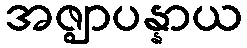
အဇ္ဈာပန္နာယ